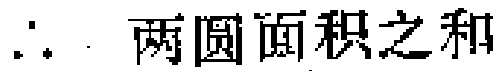
\(\therefore\) 两圆面积之和